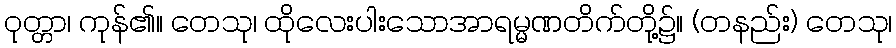
ဝုတ္တာ၊ ကုန်၏။ တေသု၊ ထိုလေးပါးသောအာရမ္မဏတိက်တို့၌။ (တနည်း) တေသု၊